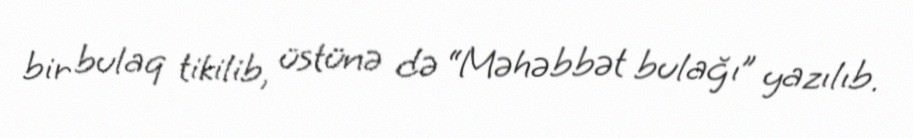
bir bulaq tikilib, üstünə də “Məhəbbət bulağı” yazılıb.